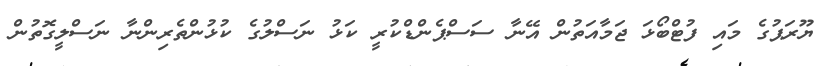
ޔޫރަޕުގެ މައި ފުޓްބޯޅަ ޖަމާއަތުން އޭނާ ސަސްޕެންޑްކުރީ ކަޅު ނަސްލުގެ ކުޅުންތެރިންނާ ނަސްލީގޮތުން